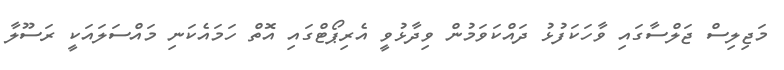
މަޖިލިސް ޖަލްސާގައި ވާހަކަފުޅު ދައްކަވަމުން ވިދާޅުވީ އެރިޕޯޓްގައި އޮތް ހަމައެކަނި މައްސަލައަކީ ރަސޫލާ